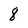
Character: 8